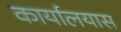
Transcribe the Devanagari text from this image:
कार्यालयास